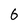
Character: 6